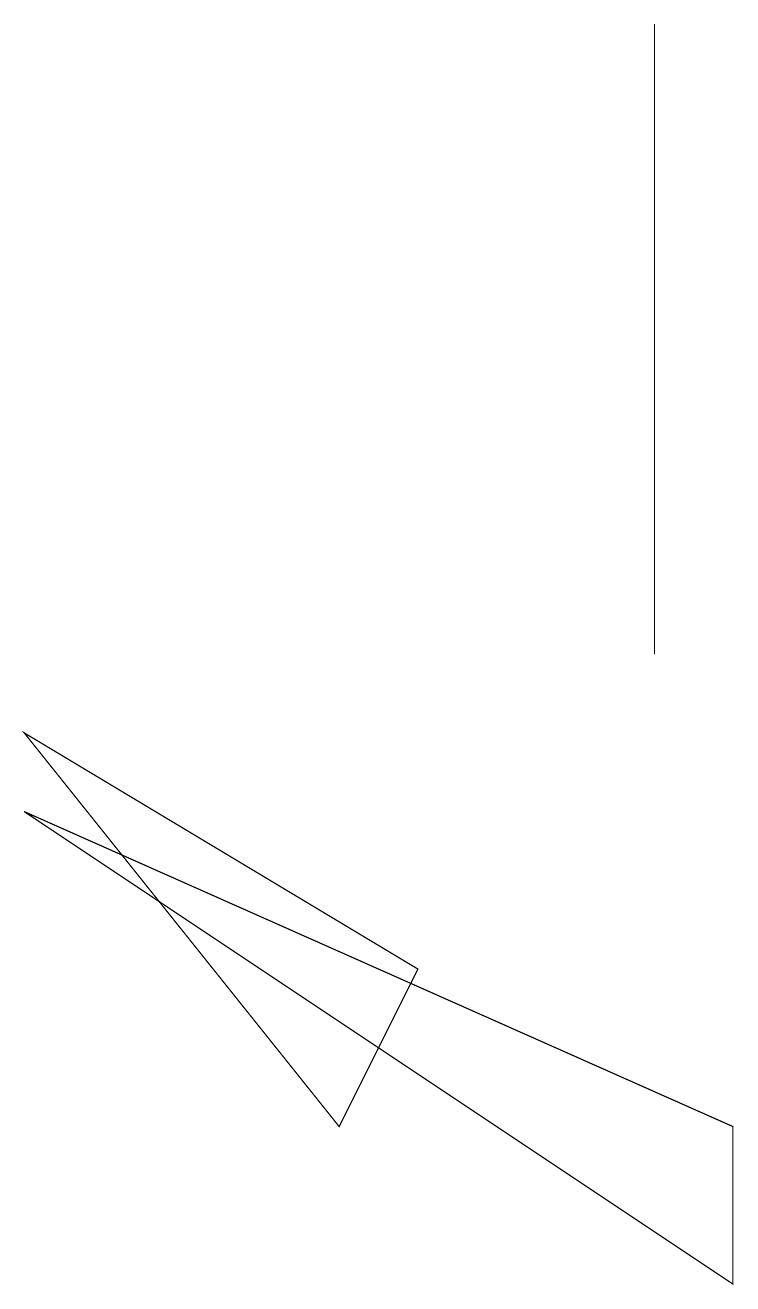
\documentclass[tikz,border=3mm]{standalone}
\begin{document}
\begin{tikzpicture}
\draw (8,10) rectangle (8,18);
\draw (4,4) -- (0,9) -- (5,6) -- cycle;
\draw (0,8) -- (9,2) -- (9,4) -- cycle;
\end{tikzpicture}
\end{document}